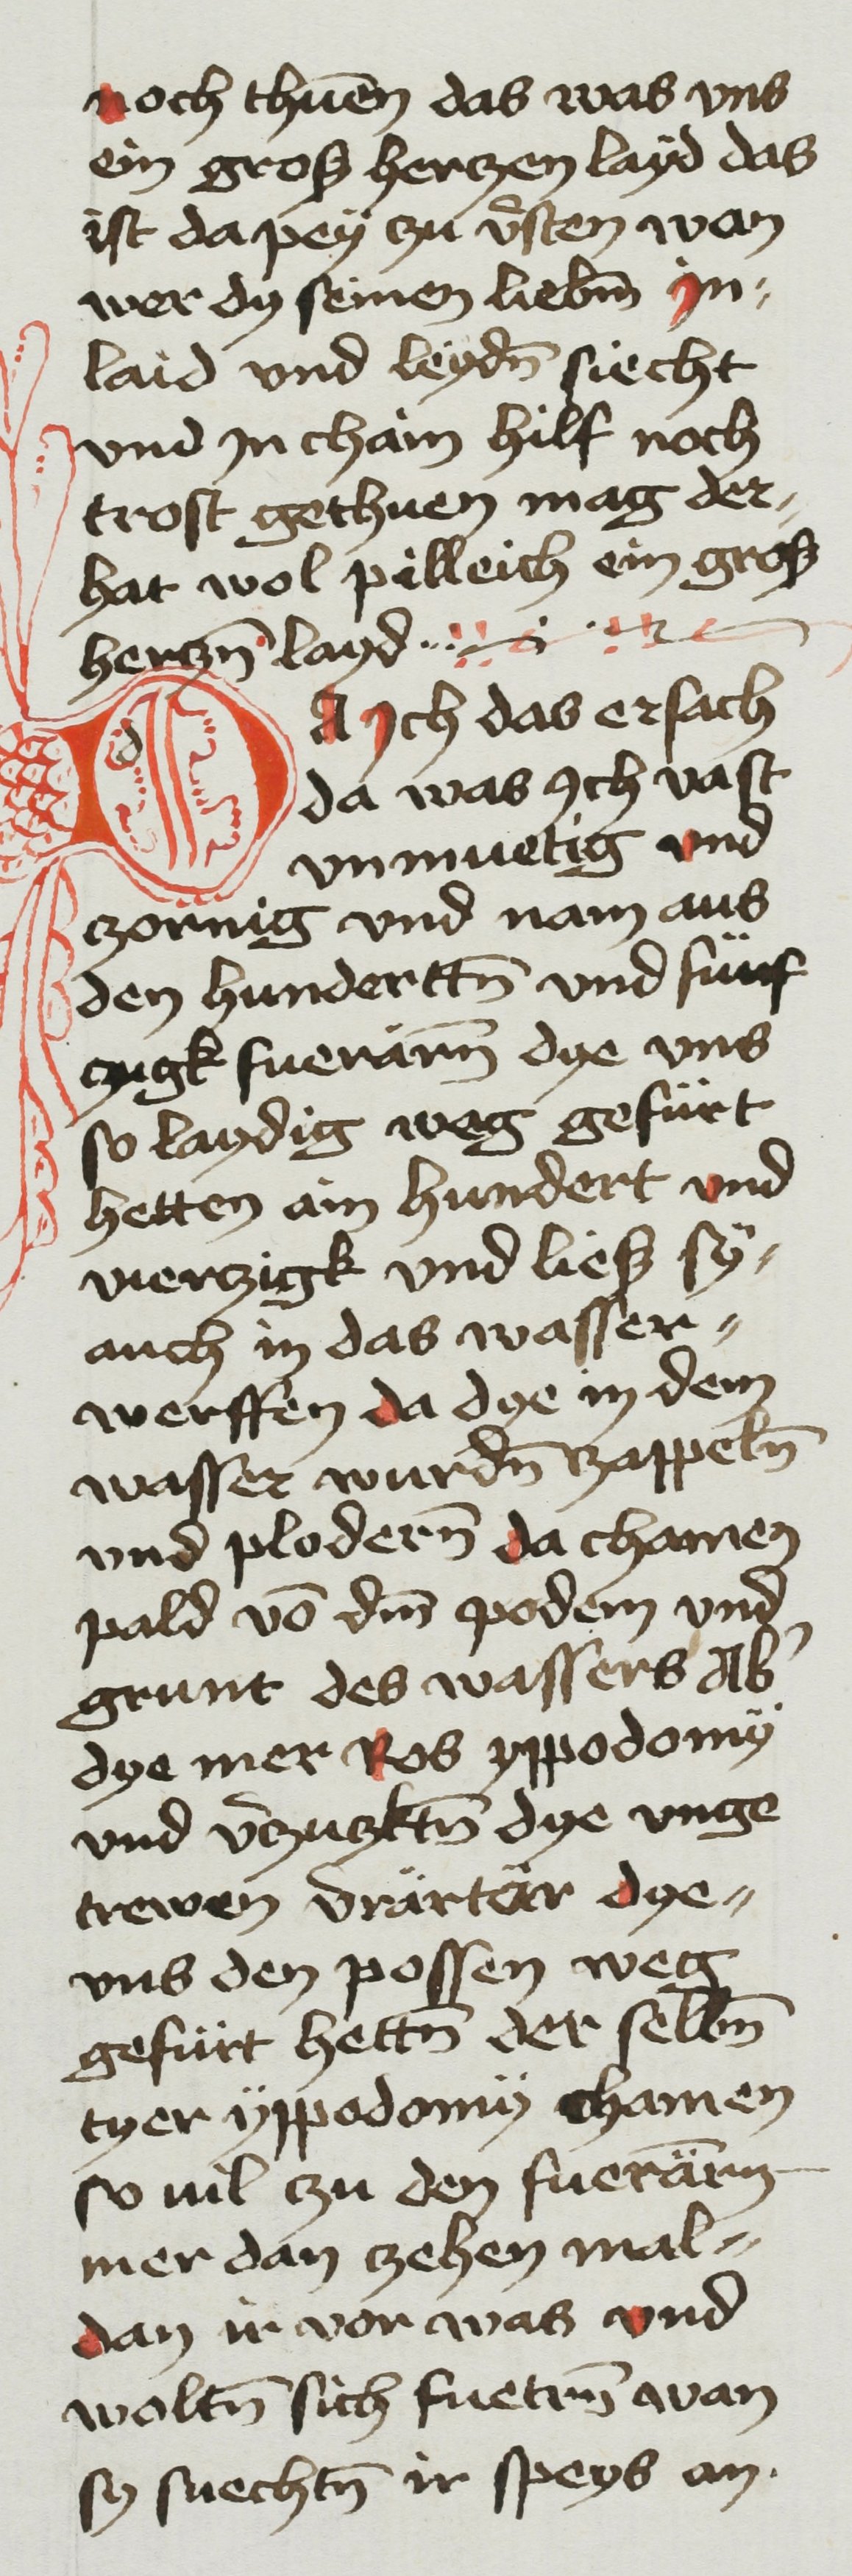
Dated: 1468–1468